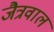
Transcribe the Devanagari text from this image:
जैत्रवाल